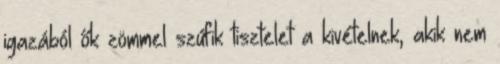
igazából ők zömmel szúfik tisztelet a kivételnek, akik nem